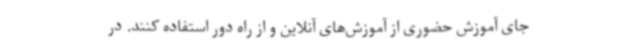
جای آموزش حضوری از آموزش‌های آنلاین و از راه دور استفاده کنند. در